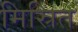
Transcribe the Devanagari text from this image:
मिस्रित